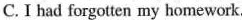
C. I had forgotten my homework.